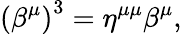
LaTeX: \left(\beta^{\mu}\right)^{3}=\eta^{\mu\mu}\beta^{\mu},